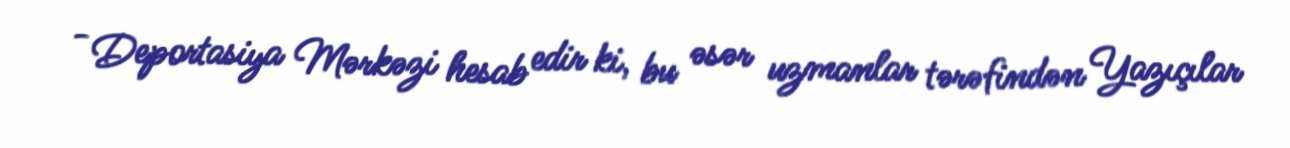
- Deportasiya Mərkəzi hesab edir ki, bu əsər uzmanlar tərəfindən Yazıçılar